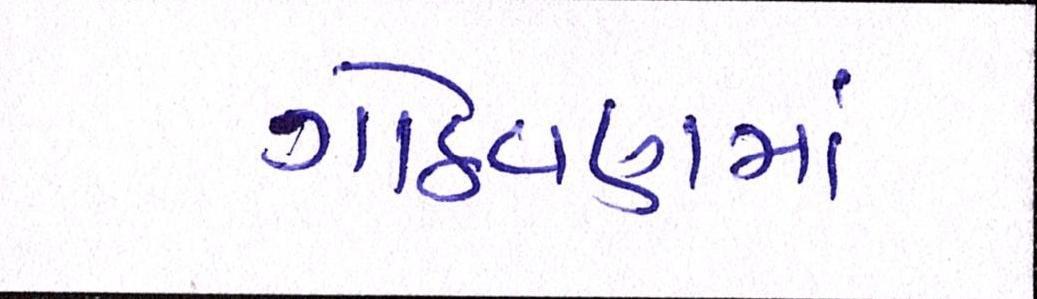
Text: ગોઠવણમાં